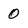
Character: 0